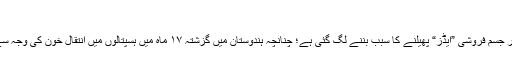
“
ایک حالیہ رپوٹ کے مطابق تو ہندوستان میں بھی یہ فحاشی و عریانی اور جسم فروشی ”ایڈز“ پھیلنے کا سبب بننے لگ گئی ہے؛ چنانچہ ہندوستان میں گزشتہ ۱۷ ماہ میں ہسپتالوں میں انتقالِ خون کی وجہ سے کم از کم ۲۳۴,۲ افرادمہلک (ایچ آئی وی) وائرس کا شکار ہوگئے ہیں ۔